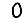
Digit: 0